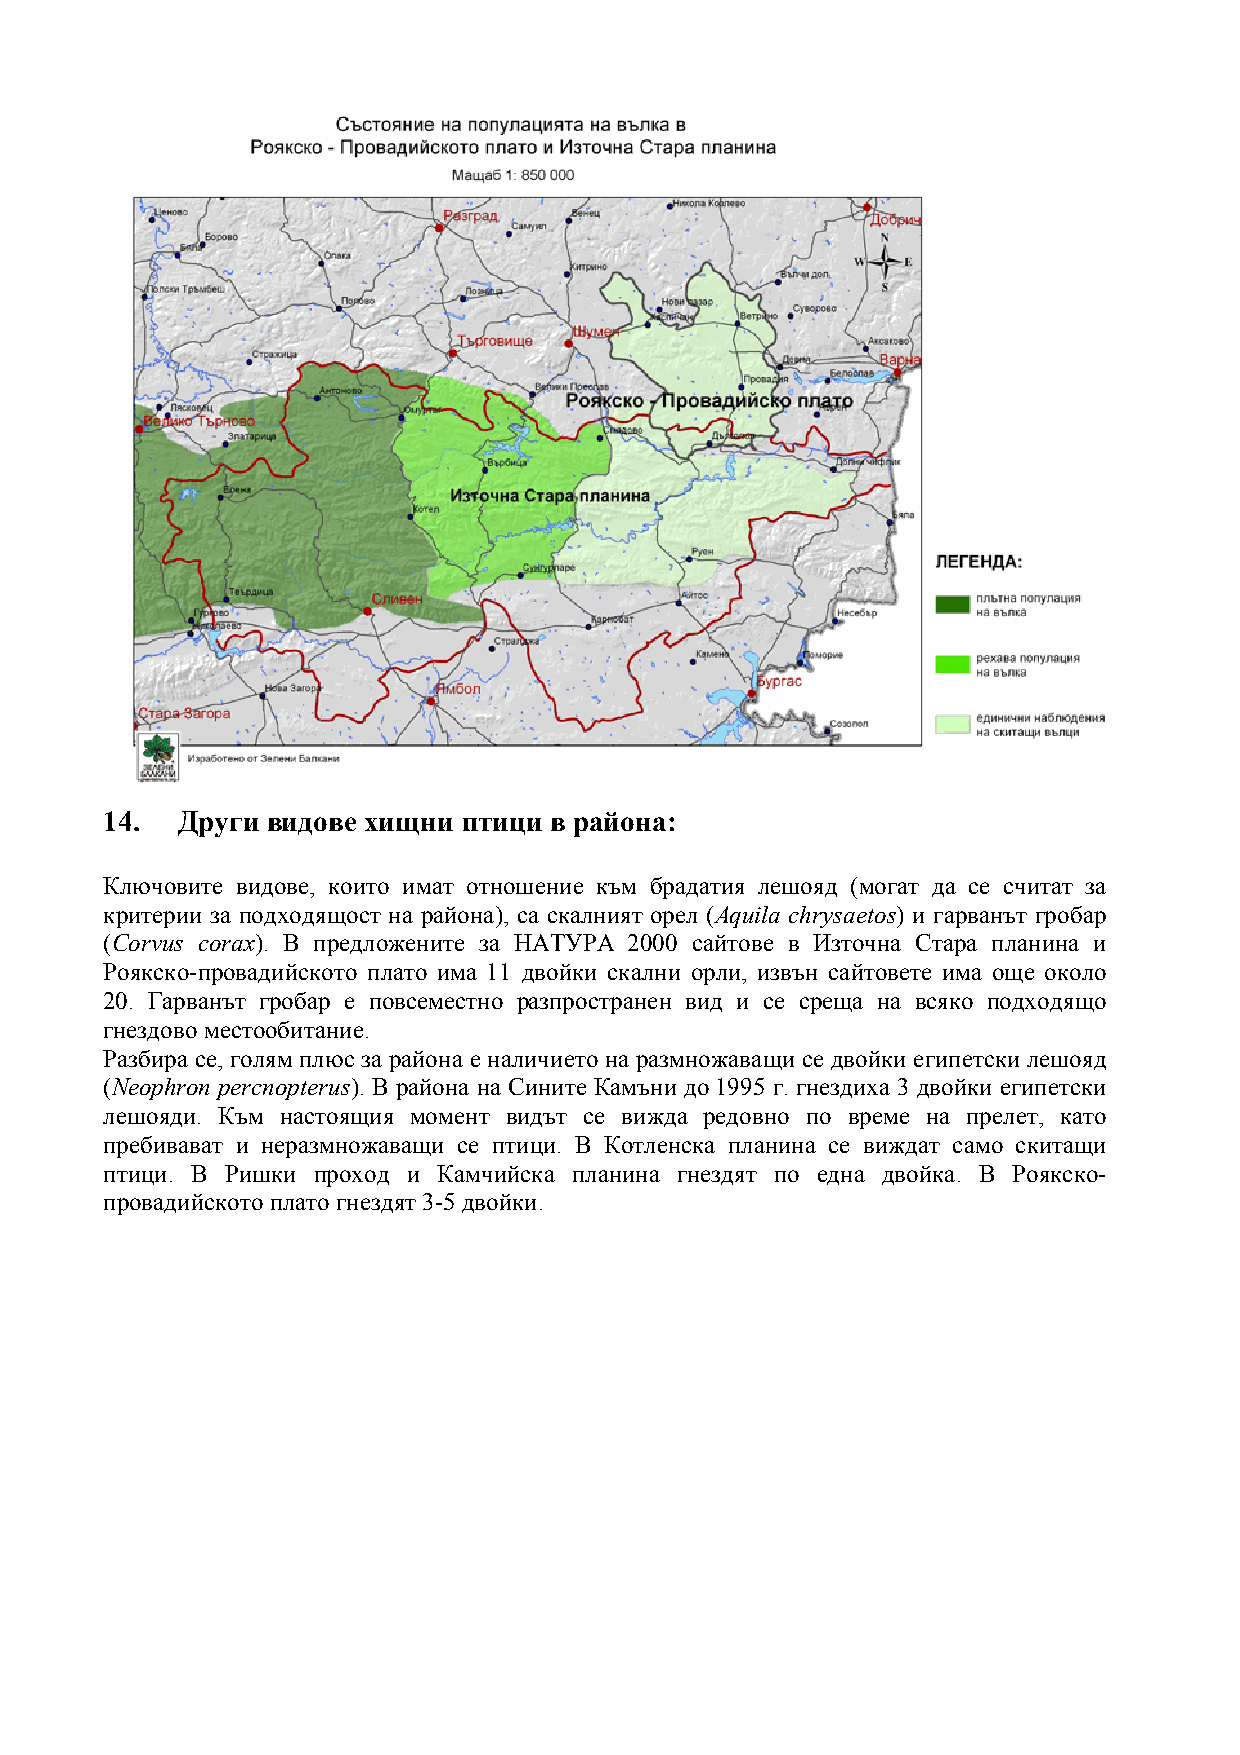
14.  Други видове хищни птици в района:
 Ключовите видове, които имат отношение към брадатия лешояд (могат да се считат за
 критерии за подходящост на района), са скалният орел (Aquila chrysaetos) и гарванът гробар
 (Corvus corax). В предложените за НАТУРА 2000 сайтове в Източна Стара планина и
 Роякско-провадийското плато има 11 двойки скални орли, извън сайтовете има още около
 20. Гарванът гробар е повсеместно разпространен вид и се среща на всяко подходящо
 гнездово местообитание.
 Разбира се, голям плюс за района е наличието на размножаващи се двойки египетски лешояд
 (Neophron percnopterus). В района на Сините Камъни до 1995 г. гнездиха 3 двойки египетски
 лешояди. Към настоящия момент видът се вижда редовно по време на прелет, като
 пребивават и неразмножаващи се птици. В Котленска планина се виждат само скитащи
 птици. В Ришки проход и Камчийска планина гнездят по една двойка. В Роякско-
 провадийското плато гнездят 3-5 двойки.